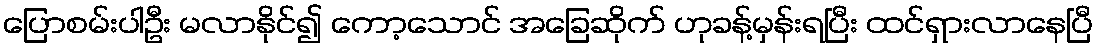
ပြောစမ်းပါဦး မလာနိုင်၍ ကော့သောင် အခြေဆိုက် ဟုခန့်မှန်းရပြီး ထင်ရှားလာနေပြီ